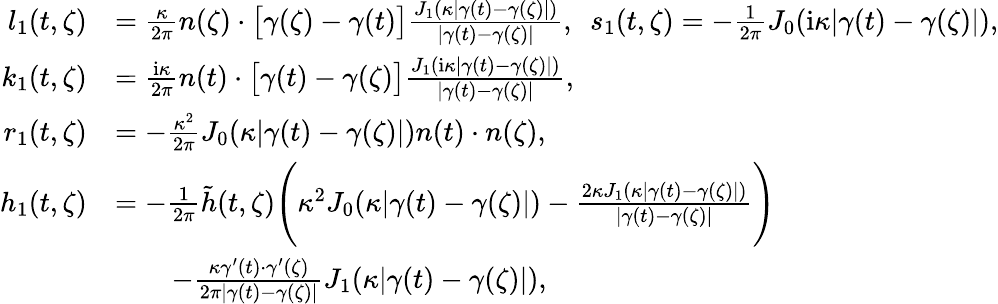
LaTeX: \begin{array}{rl}{l_{1}(t,\zeta)}&{=\frac{\kappa}{2\pi}n(\zeta)\cdot\big[\gamma(\zeta)-\gamma(t)\big]\frac{J_{1}(\kappa|\gamma(t)-\gamma(\zeta)|)}{|\gamma(t)-\gamma(\zeta)|},~~s_{1}(t,\zeta)=-\frac{1}{2\pi}J_{0}(\mathrm{i}\kappa|\gamma(t)-\gamma(\zeta)|),}\\ {k_{1}(t,\zeta)}&{=\frac{\mathrm{i}\kappa}{2\pi}n(t)\cdot\big[\gamma(t)-\gamma(\zeta)\big]\frac{J_{1}(\mathrm{i}\kappa|\gamma(t)-\gamma(\zeta)|)}{|\gamma(t)-\gamma(\zeta)|},}\\ {r_{1}(t,\zeta)}&{=-\frac{\kappa^{2}}{2\pi}J_{0}(\kappa|\gamma(t)-\gamma(\zeta)|)n(t)\cdot n(\zeta),}\\ {h_{1}(t,\zeta)}&{=-\frac{1}{2\pi}\tilde{h}(t,\zeta)\Bigg(\kappa^{2}J_{0}(\kappa|\gamma(t)-\gamma(\zeta)|)-\frac{2\kappa J_{1}(\kappa|\gamma(t)-\gamma(\zeta)|)}{|\gamma(t)-\gamma(\zeta)|}\Bigg)}\\ &{\qquad-\frac{\kappa\gamma^{\prime}(t)\cdot\gamma^{\prime}(\zeta)}{2\pi|\gamma(t)-\gamma(\zeta)|}J_{1}(\kappa|\gamma(t)-\gamma(\zeta)|),}\end{array}